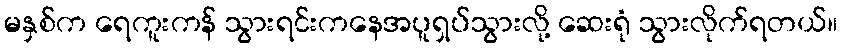
မနှစ်က ရေကူးကန် သွားရင်းကနေအပူရှပ်သွားလို့ ဆေးရုံ သွားလိုက်ရတယ်။